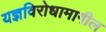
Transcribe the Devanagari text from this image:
यज्ञविरोधामागील